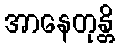
အာနေတုန္တိ